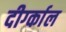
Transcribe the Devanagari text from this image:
दीर्ग्काल